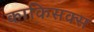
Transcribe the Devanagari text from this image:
काकिसक्स